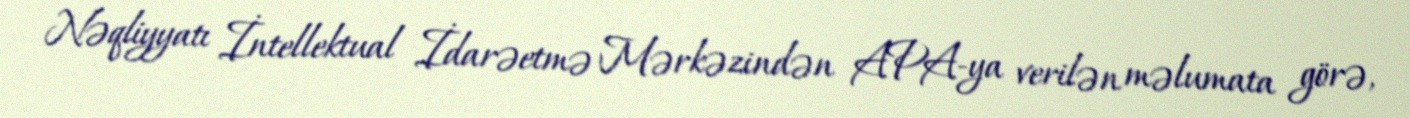
Nəqliyyatı İntellektual İdarəetmə Mərkəzindən APA-ya verilən məlumata görə,